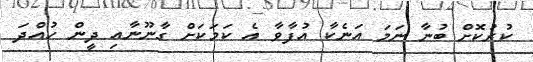
ކުރުކޮށް ބުނާ ނަމަ އަނެކާ އުފާވާ އެ ކަމަކަށް ގާނޫނާއި ދީން ހުއްދަ